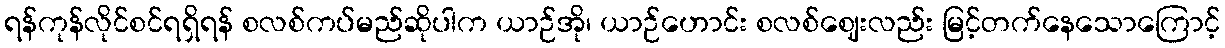
ရန်ကုန်လိုင်စင်ရရှိရန် စလစ်ကပ်မည်ဆိုပါက ယာဉ်အို၊ ယာဉ်ဟောင်း စလစ်ဈေးလည်း မြင့်တက်နေသောကြောင့်